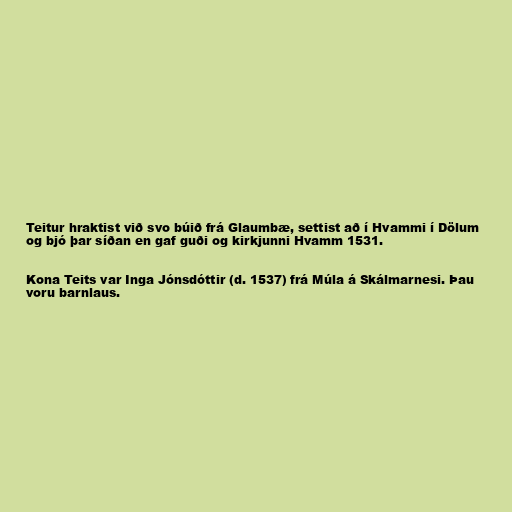
Teitur hraktist við svo búið frá Glaumbæ, settist að í Hvammi í Dölum
og bjó þar síðan en gaf guði og kirkjunni Hvamm 1531.

Kona Teits var Inga Jónsdóttir (d. 1537) frá Múla á Skálmarnesi. Þau
voru barnlaus.